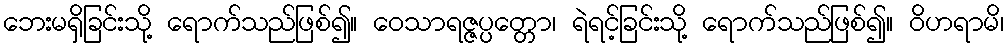
ဘေးမရှိခြင်းသို့ ရောက်သည်ဖြစ်၍။ ဝေသာရဇ္ဇပ္ပတ္တော၊ ရဲရင့်ခြင်းသို့ ရောက်သည်ဖြစ်၍။ ဝိဟရာမိ၊